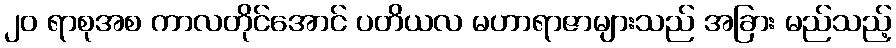
၂၀ ရာစုအစ ကာလတိုင်အောင် ပတိယလ မဟာရာဇာများသည် အခြား မည်သည့်